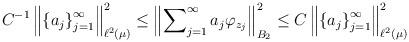
LaTeX: \begin{align*}C^{-1}\left\Vert \left\{ a_{j}\right\} _{j=1}^{\infty}\right\Vert _{\ell^{2}\left( \mu\right) }^{2}\leq\left\Vert \sum\nolimits_{j=1}^{\infty}a_{j}\varphi_{z_{j}}\right\Vert _{B_{2}}^{2}\leq C\left\Vert \left\{a_{j}\right\} _{j=1}^{\infty}\right\Vert _{\ell^{2}\left( \mu\right) }^{2}\end{align*}